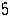
5